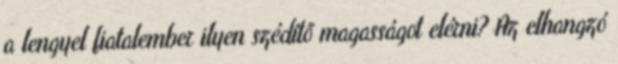
a lengyel fiatalember ilyen szédítő magasságot elérni? Az elhangzó